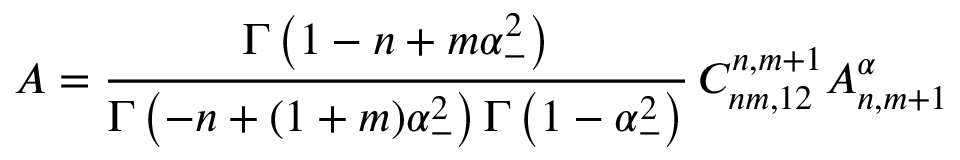
A = \frac { \Gamma \left( 1 - n + m \alpha _ { - } ^ { 2 } \right) } { \Gamma \left( - n + ( 1 + m ) \alpha _ { - } ^ { 2 } \right) \Gamma \left( 1 - \alpha _ { - } ^ { 2 } \right) } \, C _ { n m , 1 2 } ^ { n , m + 1 } A _ { n , m + 1 } ^ { \alpha }